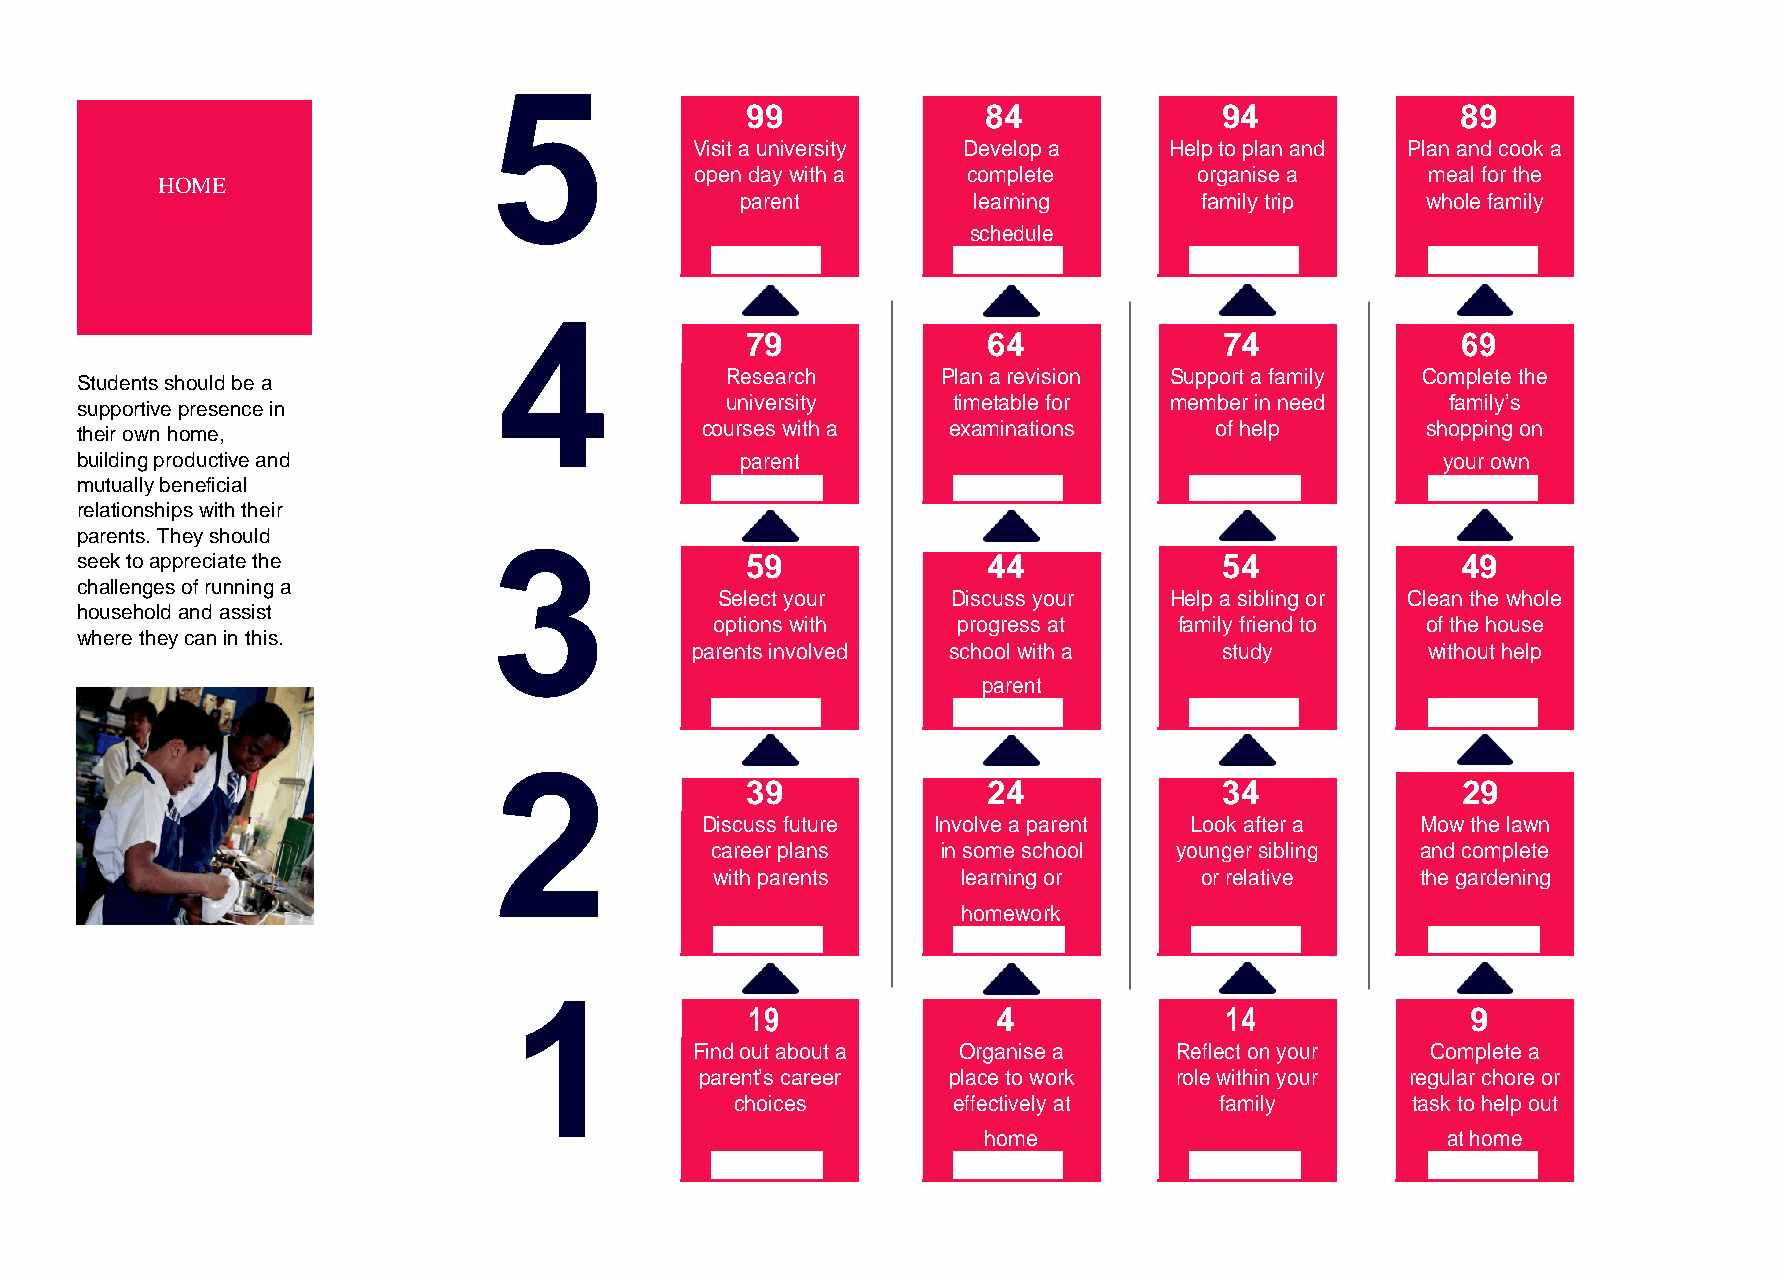
5
 99              84              94              89
 Visit a university Develop a   Help to plan and Plan and cook a
 open day with a   complete       organise a     meal for the
 HOME
 parent         learning       family trip    whole family
 schedule
 4
 79              64              74              69
 Research      Plan a revision Support a family Complete the
 Students should be a
 supportive presence in                     university     timetable for member in need     family’s
 their own home,                          courses with a   examinations     of help       shopping on
 building productive and                     parent                                        your own
 mutually beneficial
 relationships with their
 parents. They should        3
 seek to appreciate the                      59              44              54              49
 challenges of running a
 Select your     Discuss your  Help a sibling or Clean the whole
 household and assist
 options with    progress at    family friend to of the house
 where they can in this.
 parents involved school with a     study        without help
 parent
 2
 39              24              34              29
 Discuss future  Involve a parent Look after a   Mow the lawn
 career plans   in some school  younger sibling and complete
 with parents     learning or    or relative    the gardening
 homework
 1
 19              4              14              9
 Find out about a Organise a     Reflect on your  Complete a
 parent’s career  place to work  role within your regular chore or
 choices       effectively at    family      task to help out
 home                           at home